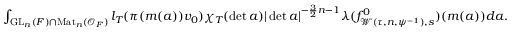
\begin{array} { r } { \int _ { \mathrm { G L } _ { n } ( F ) \cap \mathrm { M a t } _ { n } ( \mathcal { O } _ { F } ) } l _ { T } ( \pi ( m ( a ) ) v _ { 0 } ) \chi _ { T } ( \operatorname* { d e t } a ) | \operatorname* { d e t } a | ^ { - \frac { 3 } { 2 } n - 1 } \lambda ( f _ { \mathcal { W } ( \tau , n , \psi ^ { - 1 } ) , s } ^ { 0 } ) ( m ( a ) ) d a . } \end{array}